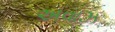
અવાઝ